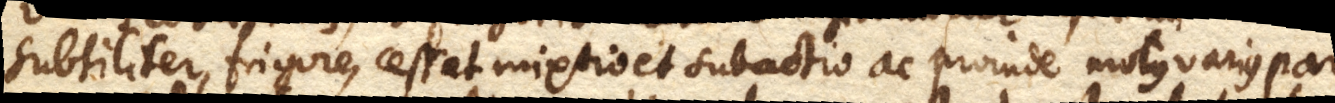
subtiliter, frigore, cessat mixtio et subactio ac proinde motus varius par–